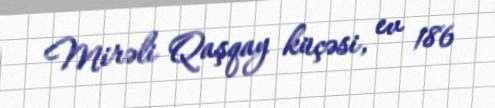
Mirəli Qaşqay küçəsi, ev 186